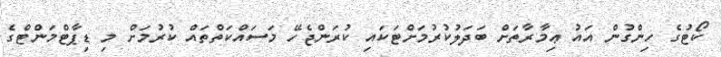
ކޯޓުގެ ހިންގުން އައު ޢިމާރާތަށް ބަދަލުކުރުމަށްޓަކައި ކުރަންޖެހޭ މަސައްކަތްތައް ކުރުމަށް މި ޑިޕާޓްމަންޓްގެ